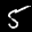
Label: 5